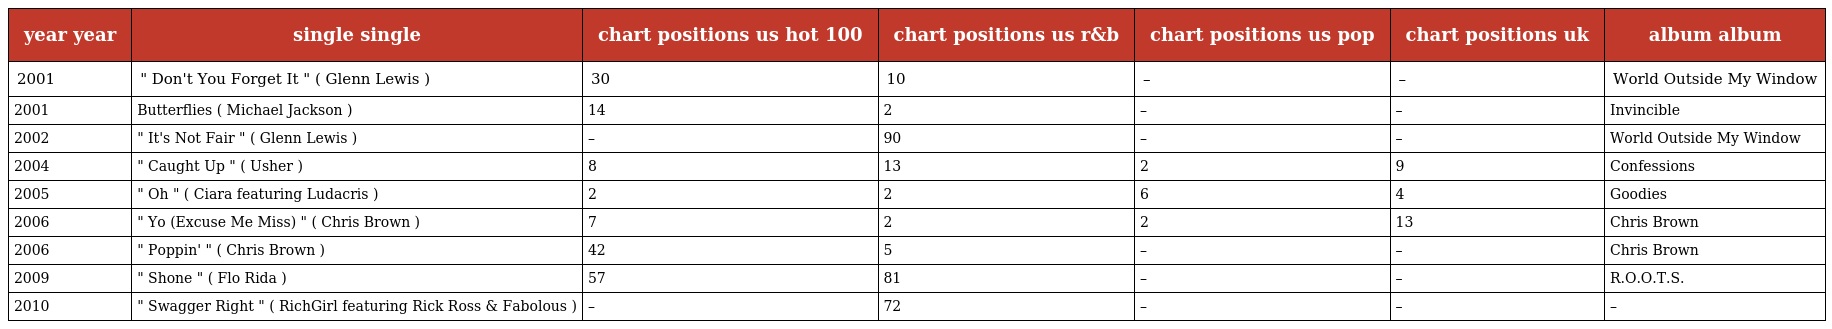
| year year | single single | chart positions us hot 100 | chart positions us r&b | chart positions us pop | chart positions uk | album album |
 | --- | --- | --- | --- | --- | --- | --- |
 | 2001 | " Don't You Forget It " ( Glenn Lewis ) | 30 | 10 | – | – | World Outside My Window |
 | 2001 | Butterflies ( Michael Jackson ) | 14 | 2 | – | – | Invincible |
 | 2002 | " It's Not Fair " ( Glenn Lewis ) | – | 90 | – | – | World Outside My Window |
 | 2004 | " Caught Up " ( Usher ) | 8 | 13 | 2 | 9 | Confessions |
 | 2005 | " Oh " ( Ciara featuring Ludacris ) | 2 | 2 | 6 | 4 | Goodies |
 | 2006 | " Yo (Excuse Me Miss) " ( Chris Brown ) | 7 | 2 | 2 | 13 | Chris Brown |
 | 2006 | " Poppin' " ( Chris Brown ) | 42 | 5 | – | – | Chris Brown |
 | 2009 | " Shone " ( Flo Rida ) | 57 | 81 | – | – | R.O.O.T.S. |
 | 2010 | " Swagger Right " ( RichGirl featuring Rick Ross & Fabolous ) | – | 72 | – | – | – |